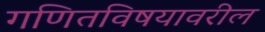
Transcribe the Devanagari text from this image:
गणितविषयावरील